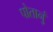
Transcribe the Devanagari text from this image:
पोतानुं